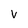
Character: V